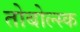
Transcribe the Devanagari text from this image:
तोबोल्स्क